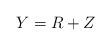
LaTeX: \begin{align*}Y = R + Z\end{align*}